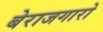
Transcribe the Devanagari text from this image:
बेराजगारो